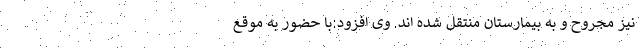
نیز مجروح و به بیمارستان منتقل شده اند. وی افزود:با حضور به موقع